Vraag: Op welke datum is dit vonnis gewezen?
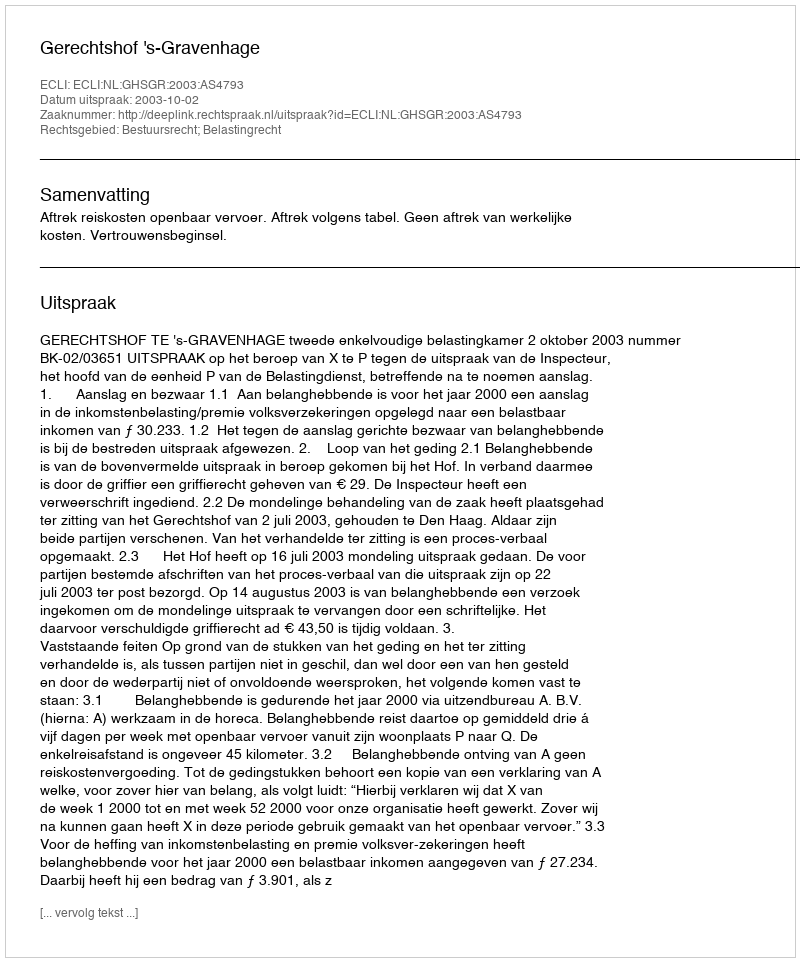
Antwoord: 2003-10-02